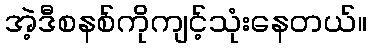
အဲ့ဒီစနစ်ကိုကျင့်သုံးနေတယ်။